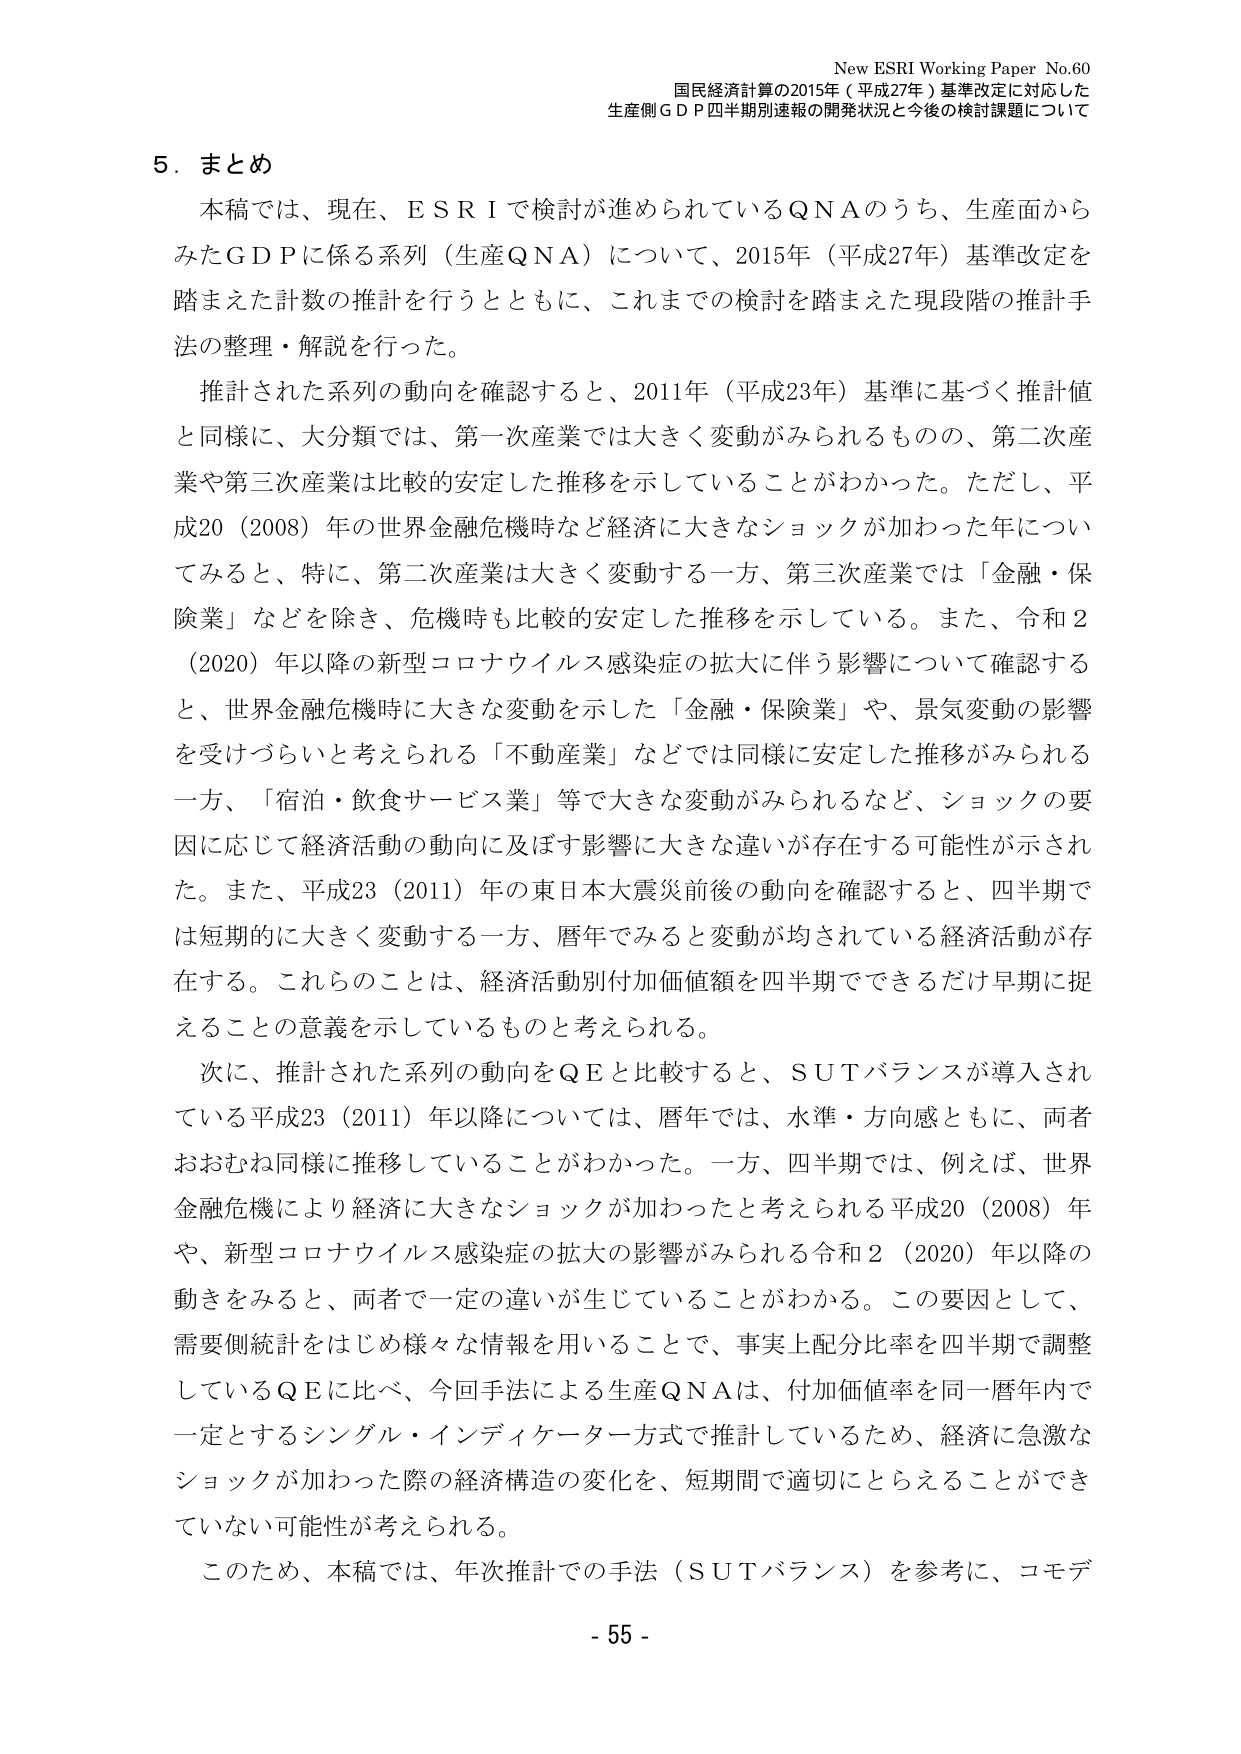
New ESRI Working Paper No.60
国民経済計算の2015年（平成27年）基準改定に対応した
生産側ＧＤＰ四半期別速報の開発状況と今後の検討課題について

５．まとめ
本稿では、現在、ＥＳＲＩで検討が進められているＱＮＡのうち、生産面から
みたＧＤＰに係る系列（生産ＱＮＡ）について、2015年（平成27年）基準改定を
踏まえた計数の推計を行うとともに、これまでの検討を踏まえた現段階の推計手
法の整理・解説を行った。

推計された系列の動向を確認すると、2011年（平成23年）基準に基づく推計値
と同様に、大分類では、第一次産業では大きく変動がみられるものの、第二次産
業や第三次産業は比較的安定した推移を示していることがわかった。ただし、平
成20（2008）年の世界金融危機時など経済に大きなショックが加わった年につい
てみると、特に、第二次産業は大きく変動する一方、第三次産業では「金融・保
険業」などを除き、危機時も比較的安定した推移を示している。また、令和２
（2020）年以降の新型コロナウイルス感染症の拡大に伴う影響について確認する
と、世界金融危機時に大きな変動を示した「金融・保険業」や、景気変動の影響
を受けづらいと考えられる「不動産業」などでは同様に安定した推移がみられる
一方、「宿泊・飲食サービス業」等で大きな変動がみられるなど、ショックの要
因に応じて経済活動の動向に及ぼす影響に大きな違いが存在する可能性が示され
た。また、平成23（2011）年の東日本大震災前後の動向を確認すると、四半期で
は短期的に大きく変動する一方、暦年でみると変動が均されている経済活動が存
在する。これらのこととは、経済活動別付加価値額を四半期でできるだけ早期に捉
えることの意義を示しているものと考えられる。

次に、推計された系列の動向をＱＥと比較すると、ＳＵＴバランスが導入され
ている平成23（2011）年以降については、暦年では、水準・方向感ともに、両者
おおむね同様に推移していることがわかった。一方、四半期では、例えば、世界
金融危機により経済に大きなショックが加わったと考えられる平成20（2008）年
や、新型コロナウイルス感染症の拡大の影響がみられる令和２（2020）年以降の
動きをみると、両者で一定の違いが生じていることがわかる。この要因として、
需要側統計をはじめ様々な情報を用いることで、事実上配分比率を四半期で調整
しているＱＥに比べ、今回手法による生産ＱＮＡは、付加価値率を同一暦年内で
一定とするシングル・インディケーター方式で推計しているため、経済に急激な
ショックが加わった際の経済構造の変化を、短期間で適切にとらえることができ
ていない可能性が考えられる。

このため、本稿では、年次推計での手法（ＳＵＴバランス）を参考に、コモデ

- 55 -